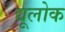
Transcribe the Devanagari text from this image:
द्यूलोक